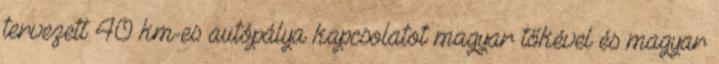
tervezett 40 km-es autópálya kapcsolatot magyar tőkével és magyar